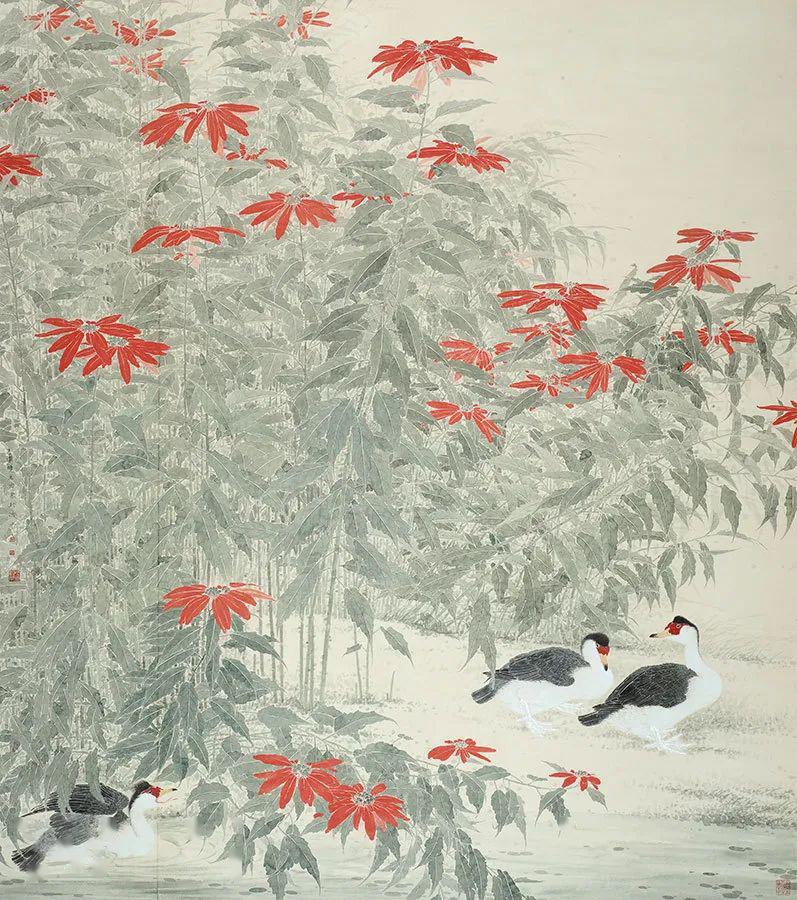
晨昏滚滚水东流，今古悠悠日西坠。